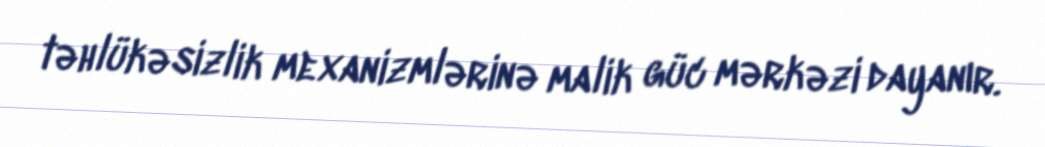
təhlükəsizlik mexanizmlərinə malik güc mərkəzi dayanır.